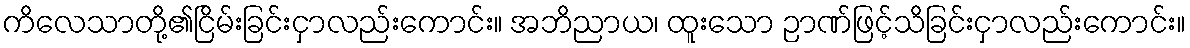
ကိလေသာတို့၏ငြိမ်းခြင်းငှာလည်းကောင်း။ အဘိညာယ၊ ထူးသော ဉာဏ်ဖြင့်သိခြင်းငှာလည်းကောင်း။